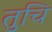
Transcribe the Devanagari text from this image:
तुचि